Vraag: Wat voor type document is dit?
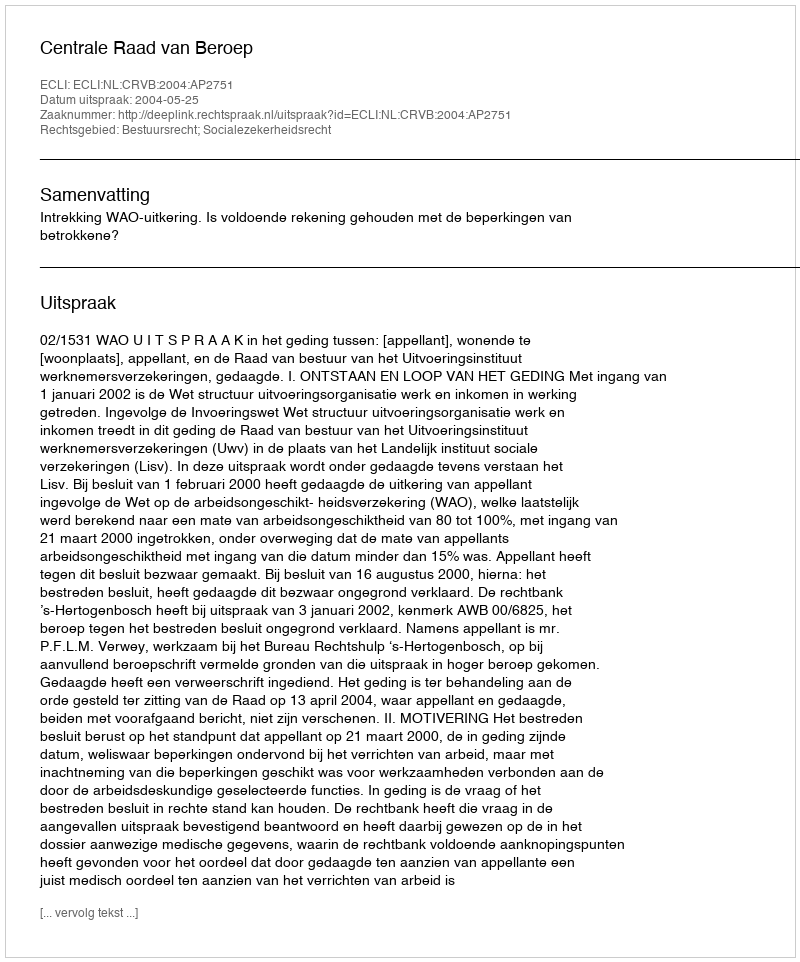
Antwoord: Uitspraak